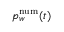
p _ { w } ^ { \mathrm { n u m } } ( t )